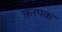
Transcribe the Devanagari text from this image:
फ़रपक